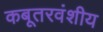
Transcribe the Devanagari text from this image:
कबूतरवंशीय